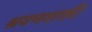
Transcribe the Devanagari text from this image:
श्रवणशक्ती